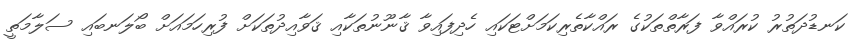
ކަނޑުދަތުރު ކުރައްވާ ފަރާތްތަކުގެ ރައްކާތެރިކަމަށްޓަކައި ހެދިފައިވާ ޤާނޫނުތަކާއި ޤަވާއިދުތަކަށް ފުރިހަމައަށް ބޯލަނބައި ސަލާމަތީ